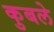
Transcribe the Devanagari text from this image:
कुबले